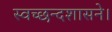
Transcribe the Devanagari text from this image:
स्वच्छन्दशासने।